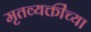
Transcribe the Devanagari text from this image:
मृतव्यक्तींच्या